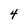
Character: 4